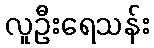
လူဦးရေသန်း